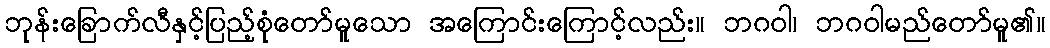
ဘုန်းခြောက်လီနှင့်ပြည့်စုံတော်မူသော အကြောင်းကြောင့်လည်း။ ဘဂဝါ၊ ဘဂဝါမည်တော်မူ၏။